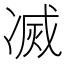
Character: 㓕